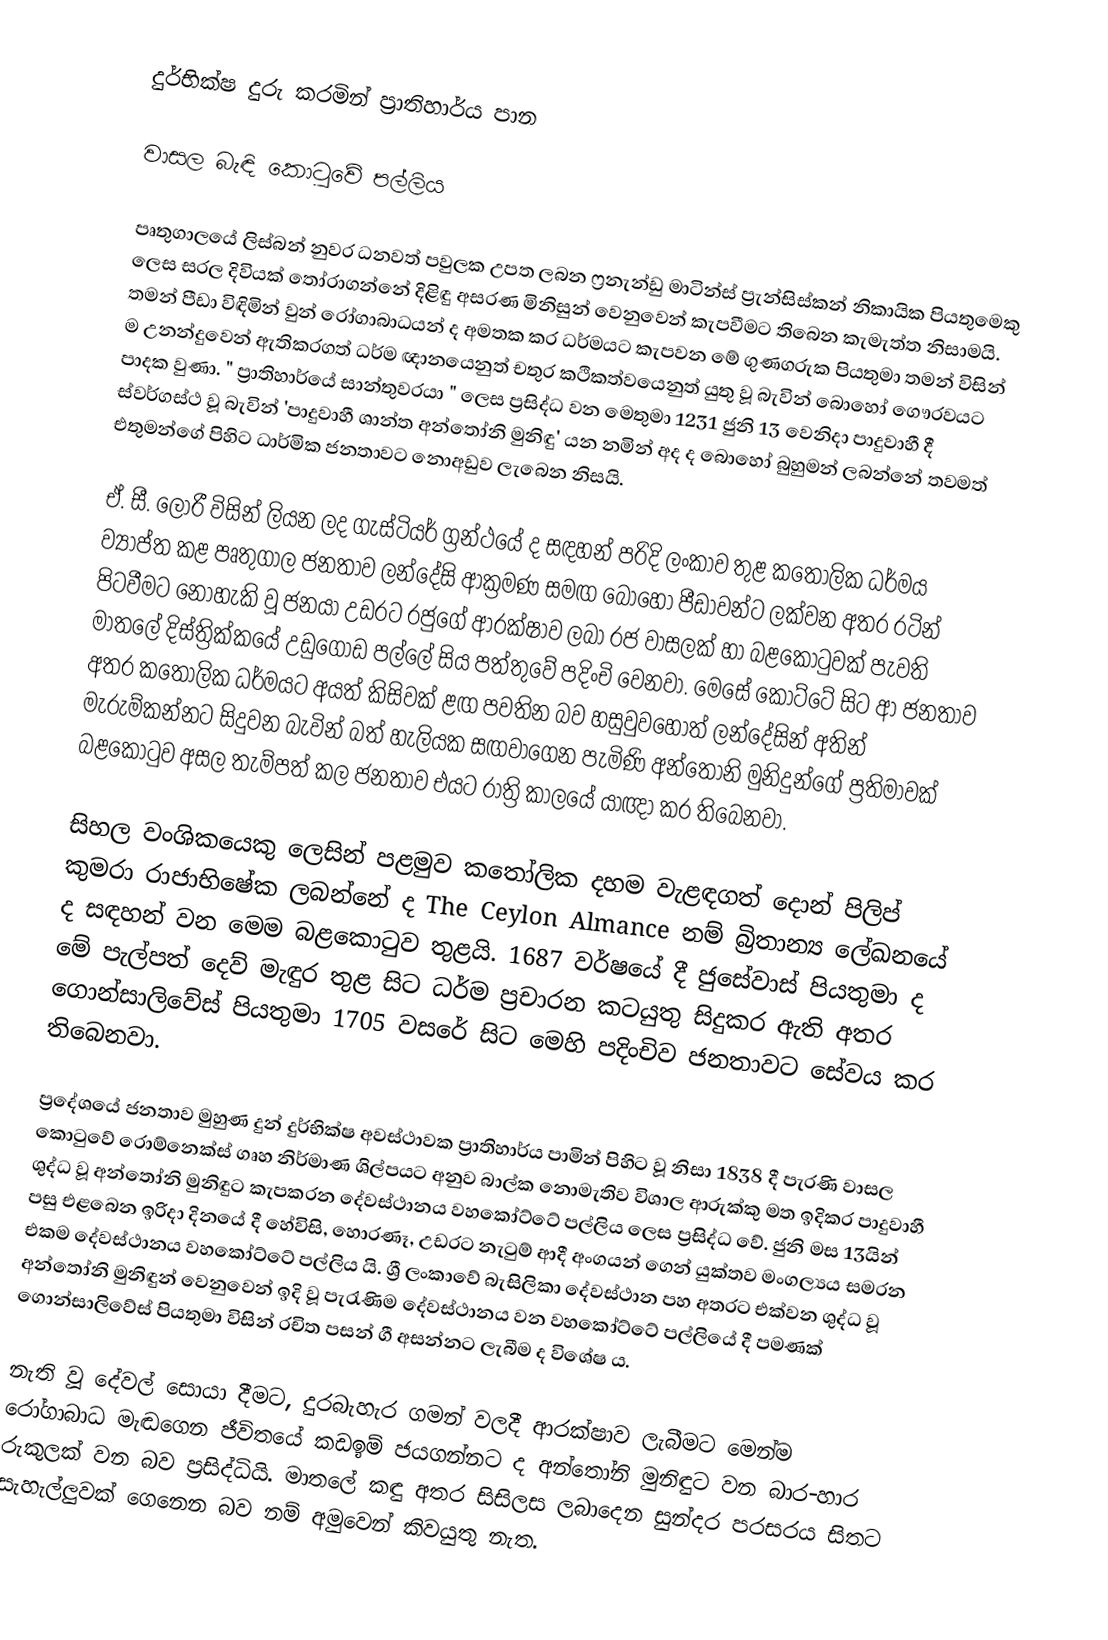
දුර්භික්ෂ දුරු කරමින් ප්‍රාතිහාර්ය පාන

       වාසල බැඳි කොටුවේ පල්ලිය

   පෘතුගාලයේ ලිස්බන් නුවර ධනවත් පවුලක උපත ලබන ෆ්‍රනැන්ඩු මාටින්ස් ප්‍රැන්සිස්කන් නිකායික පියතුමෙකු ලෙස සරල දිවියක් තෝරාගන්නේ දිළිඳු අසරණ මිනිසුන් වෙනුවෙන් කැපවීමට තිබෙන කැමැත්ත නිසාමයි. තමන් පීඩා විඳිමින් වුන් රෝගාබාධයන් ද අමතක කර ධර්මයට කැපවන මේ ගුණගරුක පියතුමා තමන් විසින් ම උනන්දුවෙන් ඇතිකරගත් ධර්ම ඥානයෙනුත් චතුර කථිකත්වයෙනුත් යුතු වූ බැවින් බොහෝ ගෞරවයට පාදක වුණා. " ප්‍රාතිහාර්යේ සාන්තුවරයා " ලෙස ප්‍රසිද්ධ වන මෙතුමා 1231 ජුනි 13 වෙනිදා පාදුවාහී දී ස්වර්ගස්ථ වූ බැවින් 'පාදුවාහී ශාන්ත අන්තෝනි මුනිඳු' යන නමින් අද ද බොහෝ බුහුමන් ලබන්නේ තවමත් එතුමන්ගේ පිහිට ධාර්මික ජනතාවට නොඅඩුව ලැබෙන නිසයි.

  ඒ. සී. ලොරී විසින් ලියන ලද ගැස්ටියර් ග්‍රන්ථයේ ද සඳහන් පරිදි ලංකාව තුළ කතෝලික ධර්මය ව්‍යාප්ත කළ පෘතුගාල ජනතාව ලන්දේසි ආක්‍රමණ සමඟ බොහෝ පීඩාවන්ට ලක්වන අතර රටින් පිටවීමට නොහැකි වූ ජනයා උඩරට රජුගේ ආරක්ෂාව ලබා රජ වාසලක් හා බළකොටුවක් පැවති මාතලේ දිස්ත්‍රික්කයේ උඩුගොඩ පල්ලේ සිය පත්තුවේ පදිංචි වෙනවා. මෙසේ කෝට්ටේ සිට ආ ජනතාව අතර කතෝලික ධර්මයට අයත් කිසිවක් ළඟ පවතින බව හසුවුවහොත් ලන්දේසින් අතින් මැරුම්කන්නට සිදුවන බැවින් බත් හැලියක සඟවාගෙන පැමිණි අන්තෝනි මුනිදුන්ගේ ප්‍රතිමාවක් බළකොටුව අසල තැම්පත් කල ජනතාව එයට රාත්‍රි කාලයේ යාඥා කර තිබෙනවා.

   සිහල වංශිකයෙකු ලෙසින් පළමුව කතෝලික දහම වැළඳගත් දොන් පිලිප් කුමරා රාජාභිෂේක ලබන්නේ ද The Ceylon Almance නම් බ්‍රිතාන්‍ය ලේඛනයේ ද සඳහන් වන මෙම බළකොටුව තුළයි. 1687 වර්ෂයේ දී ජුසේවාස් පියතුමා ද මේ පැල්පත් දෙව් මැඳුර තුළ සිට ධර්ම ප්‍රචාරන කටයුතු සිදුකර ඇති අතර ගොන්සාලිවේස් පියතුමා 1705 වසරේ සිට මෙහි පදිංචිව ජනතාවට සේවය කර තිබෙනවා.

   ප්‍රදේශයේ ජනතාව මුහුණ දුන් දුර්භික්ෂ අවස්ථාවක ප්‍රාතිහාර්ය පාමින් පිහිට වූ නිසා 1838 දී පැරණි වාසල කොටුවේ රොම්නෙක්ස් ගෘහ නිර්මාණ ශිල්පයට අනුව බාල්ක නොමැතිව විශාල ආරුක්කු මත ඉදිකර පාදුවාහී ශුද්ධ වූ අන්තෝනි මුනිඳුට කැපකරන දේවස්ථානය වහකෝට්ටේ පල්ලිය ලෙස ප්‍රසිද්ධ වේ. ජුනි මස 13යින් පසු එළබෙන ඉරිදා දිනයේ දී හේවිසි, හොරණෑ, උඩරට නැටුම් ආදී අංගයන් ගෙන් යුක්තව මංගල්‍යය සමරන එකම දේවස්ථානය වහකෝට්ටේ පල්ලිය යි. ශ්‍රී ලංකාවේ බැසිලිකා දේවස්ථාන පහ අතරට එක්වන ශුද්ධ වූ අන්තෝනි මුනිඳුන් වෙනුවෙන් ඉදි වූ පැරැණිම දේවස්ථානය වන වහකෝට්ටේ පල්ලියේ දී පමණක් ගොන්සාලිවේස් පියතුමා විසින් රචිත පසන් ගී අසන්නට ලැබීම ද විශේෂ ය.

   නැති වූ දේවල් සොයා දීමට, දුරබැහැර ගමන් වලදී ආරක්ෂාව ලැබීමට මෙන්ම රෝගාබාධ මැඬගෙන ජීවිතයේ කඩඉම් ජයගන්නට ද අන්තෝනි මුනිඳුට වන බාර-හාර රුකුලක් වන බව ප්‍රසිද්ධියි. මාතලේ කඳු අතර සිසිලස ලබාදෙන සුන්දර පරසරය සිතට සැහැල්ලුවක් ගෙනෙන බව නම් අමුවෙන් කිවයුතු නැත.